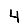
Digit: 4